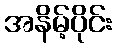
အနိမ့်ပိုင်း